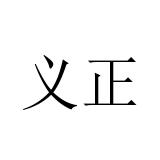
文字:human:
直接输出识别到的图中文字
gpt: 义正